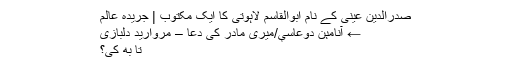
صدرالدین عینی کے نام ابوالقاسم لاہوتی کا ایک مکتوب | جریدهٔ عالَم
← آنامېن دوعاسې/میری مادر کی دُعا – مروارید دلبازی
تا به کَی؟